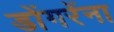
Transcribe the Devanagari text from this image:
डोंगरेंना